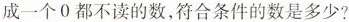
成一个0都不读的数，符合条件的数是多少?